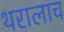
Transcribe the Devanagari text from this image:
थरालाच